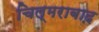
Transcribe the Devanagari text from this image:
चिल्मराबाद